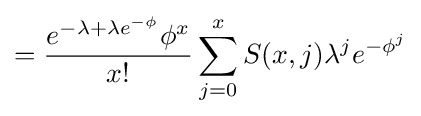
={\frac {e^{-\lambda +\lambda e^{-\phi }}\phi ^{x}}{x!}}\sum _{j=0}^{x}S(x,j)\lambda ^{j}e^{-\phi ^{j}}